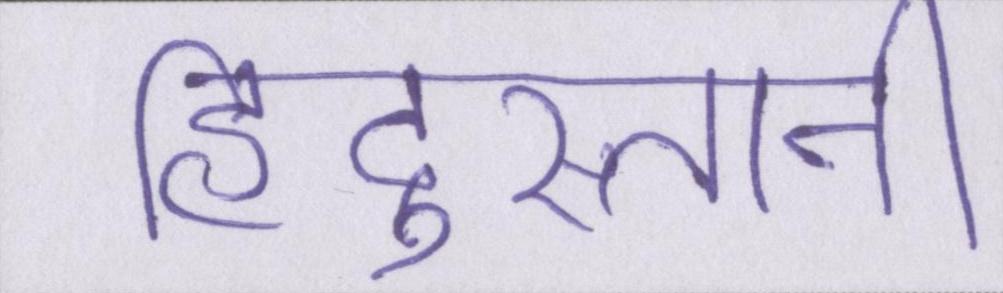
हिंदुस्तानी